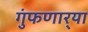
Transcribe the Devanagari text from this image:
गुंफणार्‍या